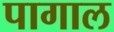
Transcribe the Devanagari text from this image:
पागाल